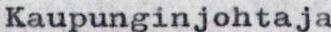
Kaupunginjohtaja